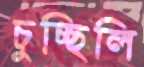
চুচ্ছিলি